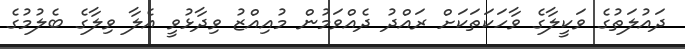
ދައުލަތުގެ ވަކީލާގެ ވާހަކަތަކަށް ރައްދު ދެއްވަމުން މުއިއްޒު ވިދާޅުވީ އެލާ ވިލާގެ ބެލުމުގެ